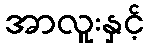
အာလူးနှင့်